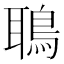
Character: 鵈